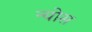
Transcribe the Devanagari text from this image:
न्योस